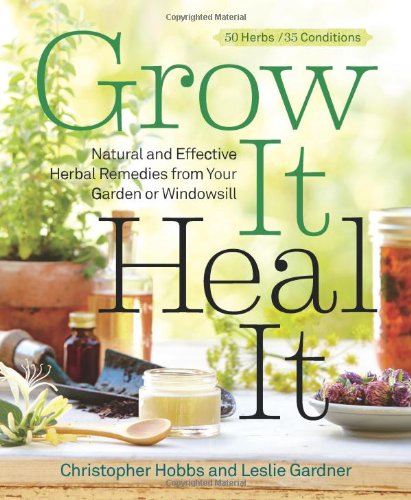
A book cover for Grow It, Heal It: Natural and Effective Herbal Remedies from Your Garden or Windowsill; Christopher Hobbs; Crafts, Hobbies & Home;